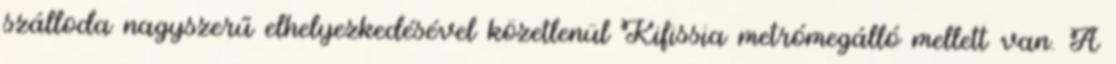
szálloda nagyszerű elhelyezkedésével közetlenül Kifissia metrómegálló mellett van. A